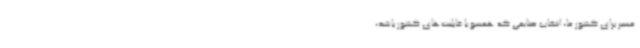
مسیر برای کشور ما، انتخاب صنایعی که همسو با قابلیت‌های کشور باشد،